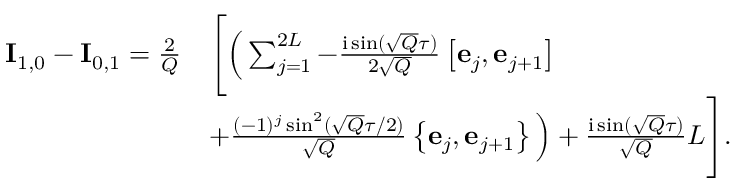
\begin{array} { r l } { \mathbf { I } _ { 1 , 0 } - \mathbf { I } _ { 0 , 1 } = \frac { 2 } { Q } } & { \Bigg [ \Big ( \sum _ { j = 1 } ^ { 2 L } - \frac { \mathrm { i } \sin ( \sqrt { Q } \tau ) } { 2 \sqrt { Q } } \left[ \mathbf { e } _ { j } , \mathbf { e } _ { j + 1 } \right] } \\ & { + \frac { ( - 1 ) ^ { j } \sin ^ { 2 } ( \sqrt { Q } \tau / 2 ) } { \sqrt { Q } } \left\{ \mathbf { e } _ { j } , \mathbf { e } _ { j + 1 } \right\} \Big ) + \frac { \mathrm { i } \sin ( \sqrt { Q } \tau ) } { \sqrt { Q } } L \Bigg ] . } \end{array}